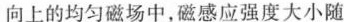
向上的均匀磁场中，磁感应强度大小随